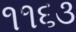
૧૧૬૩